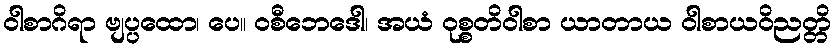
ဝါစာဂိရာ ဗျပ္ပထော၊ ပေ။ ဝစီဘေဒေါ၊ အယံ ဝုစ္စတိဝါစာ ယာတာယ ဝါစာယဝိညတ္တိ